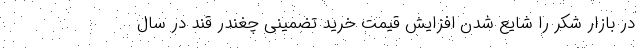
در بازار شکر را شایع شدن افزایش قیمت خرید تضمینی چغندر قند در سال